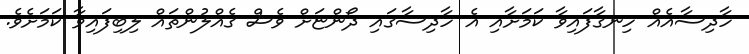
ހާދިސާއެއް ހިނގާފައިވާ ކަމަށާއި އެ ހާދިސާގައި ދޯންޏަށް ވެސް ގެއްލުންތައް ލިބިފައިވާ ކަމަށެވެ.